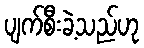
ပျက်စီးခဲ့သည်ဟု